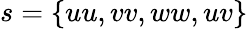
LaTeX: s=\{ uu,vv,ww,uv\}